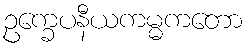
ဥက္ခေပနီယကမ္မကတော